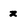
Character: z